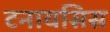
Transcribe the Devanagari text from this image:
टनायसिस